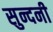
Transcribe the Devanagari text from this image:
सुन्दनी